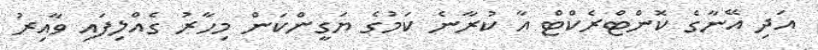
އަދި އޭނާގެ ކޮންޓްރެކްޓް އާ ކުރާނެ ކަމުގެ ޔަގީންކަން މިހާރު ގެއްލިފައި ވާއިރު